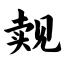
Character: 觌